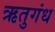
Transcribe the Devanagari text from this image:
ऋतुगंध